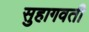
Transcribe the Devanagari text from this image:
सुहागवती